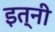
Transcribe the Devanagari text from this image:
इत्नी